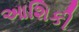
આશિકી